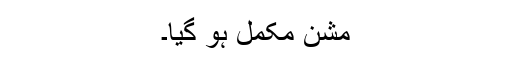
مشن مکمل ہو گیا۔